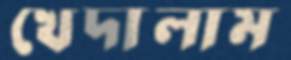
খেদালাম